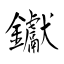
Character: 钀